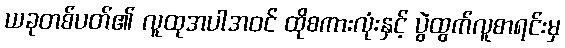
ယခုတစ်ပတ်၏ လူထုအပါအဝင် ထိုစကားလုံးနှင့် ပွဲထွက်လူစာရင်းမှ